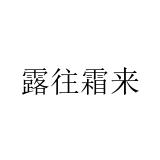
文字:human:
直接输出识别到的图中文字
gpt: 露往霜来